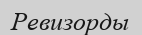
Ревизорды